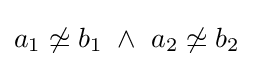
a_{1}\not \simeq b_{1}~\land ~a_{2}\not \simeq b_{2}